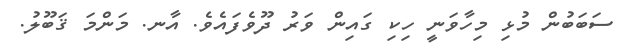
ސަބަބުން މުޅި މިހާވަނީ ހިކި ގައިން ވަރު ދޫވެފައެވެ. އާނ. މަންމަ ޤަބޫލު.